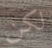
لكن